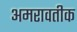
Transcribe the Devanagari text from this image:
अमरावतीक